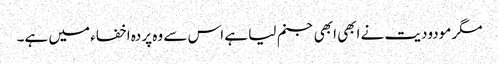
مگر مودودیت نے ابھی ابھی جنم لیا ہے اس سے وہ پردہ اخفاء میں ہے۔